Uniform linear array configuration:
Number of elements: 8
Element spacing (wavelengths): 1
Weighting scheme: hann
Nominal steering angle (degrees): -15
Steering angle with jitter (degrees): -14.454
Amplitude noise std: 0.05
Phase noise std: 0.05

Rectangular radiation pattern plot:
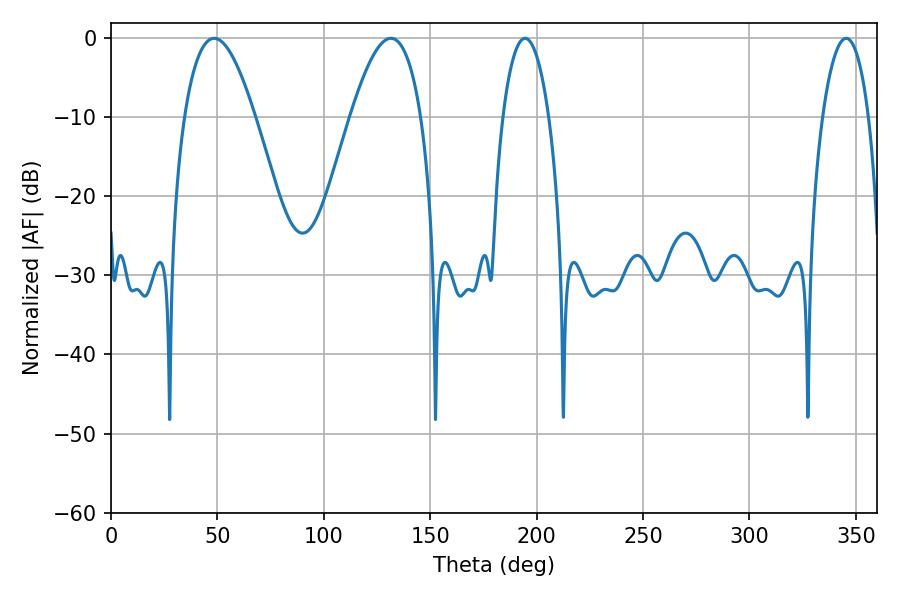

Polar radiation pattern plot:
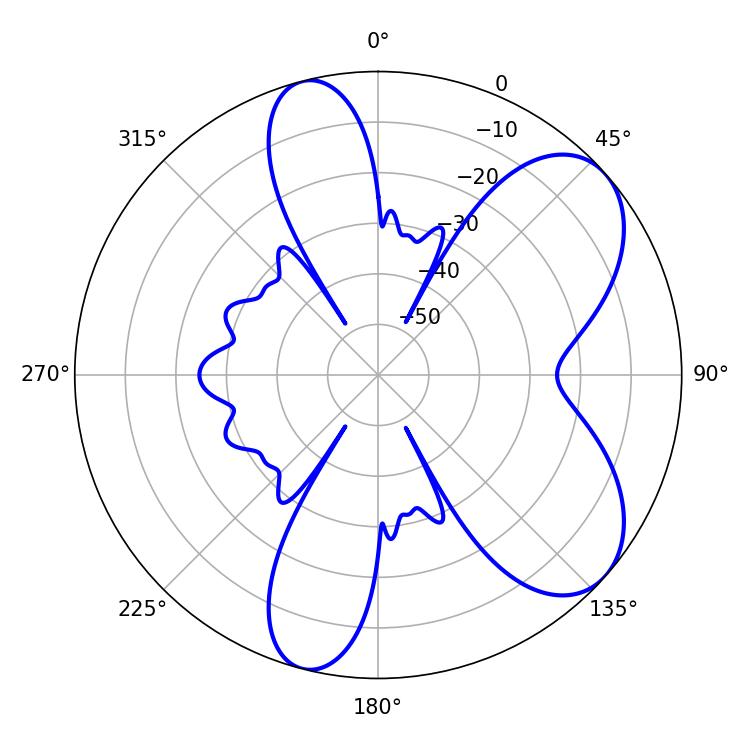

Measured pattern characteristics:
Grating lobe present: TRUE
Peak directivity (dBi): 6.936
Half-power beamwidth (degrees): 12.06
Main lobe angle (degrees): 194.58